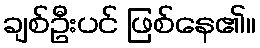
ချစ်ဦးပင် ဖြစ်နေ၏။